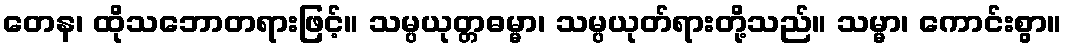
တေန၊ ထိုသဘောတရားဖြင့်။ သမ္ပယုတ္တဓမ္မာ၊ သမ္ပယုတ်ရားတို့သည်။ သမ္မာ၊ ကောင်းစွာ။